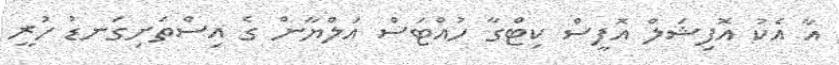
އާ އެކު އޮފިޝަލް އޮފީސް ކިޓްގާ ހުއްޓަސް އަލްޔާން ގެ އިސްތަށިގަނޑު ހުރީ